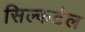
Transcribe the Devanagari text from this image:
सिल्कटेल